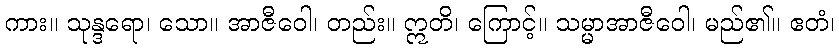
ကား။ သုန္ဒရော၊ သော။ အာဇီဝေါ၊ တည်း။ ဣတိ၊ ကြောင့်။ သမ္မာအာဇီဝေါ၊ မည်၏။ ဧတံ၊